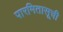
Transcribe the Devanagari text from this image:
पारमितासूची